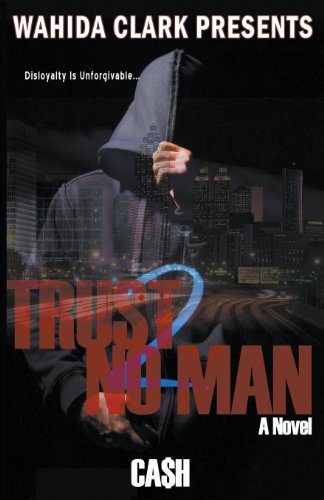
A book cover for Trust No Man 2 (Wahida Clark Presents Publishing); Cash; Romance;